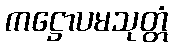
ကဋ္ဌောပမသုတ္တံ